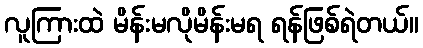
လူကြားထဲ မိန်းမလိုမိန်းမရ ရန်ဖြစ်ရဲတယ်။